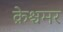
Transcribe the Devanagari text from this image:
क्रेश्चमर